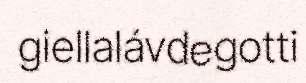
giellalávdegotti